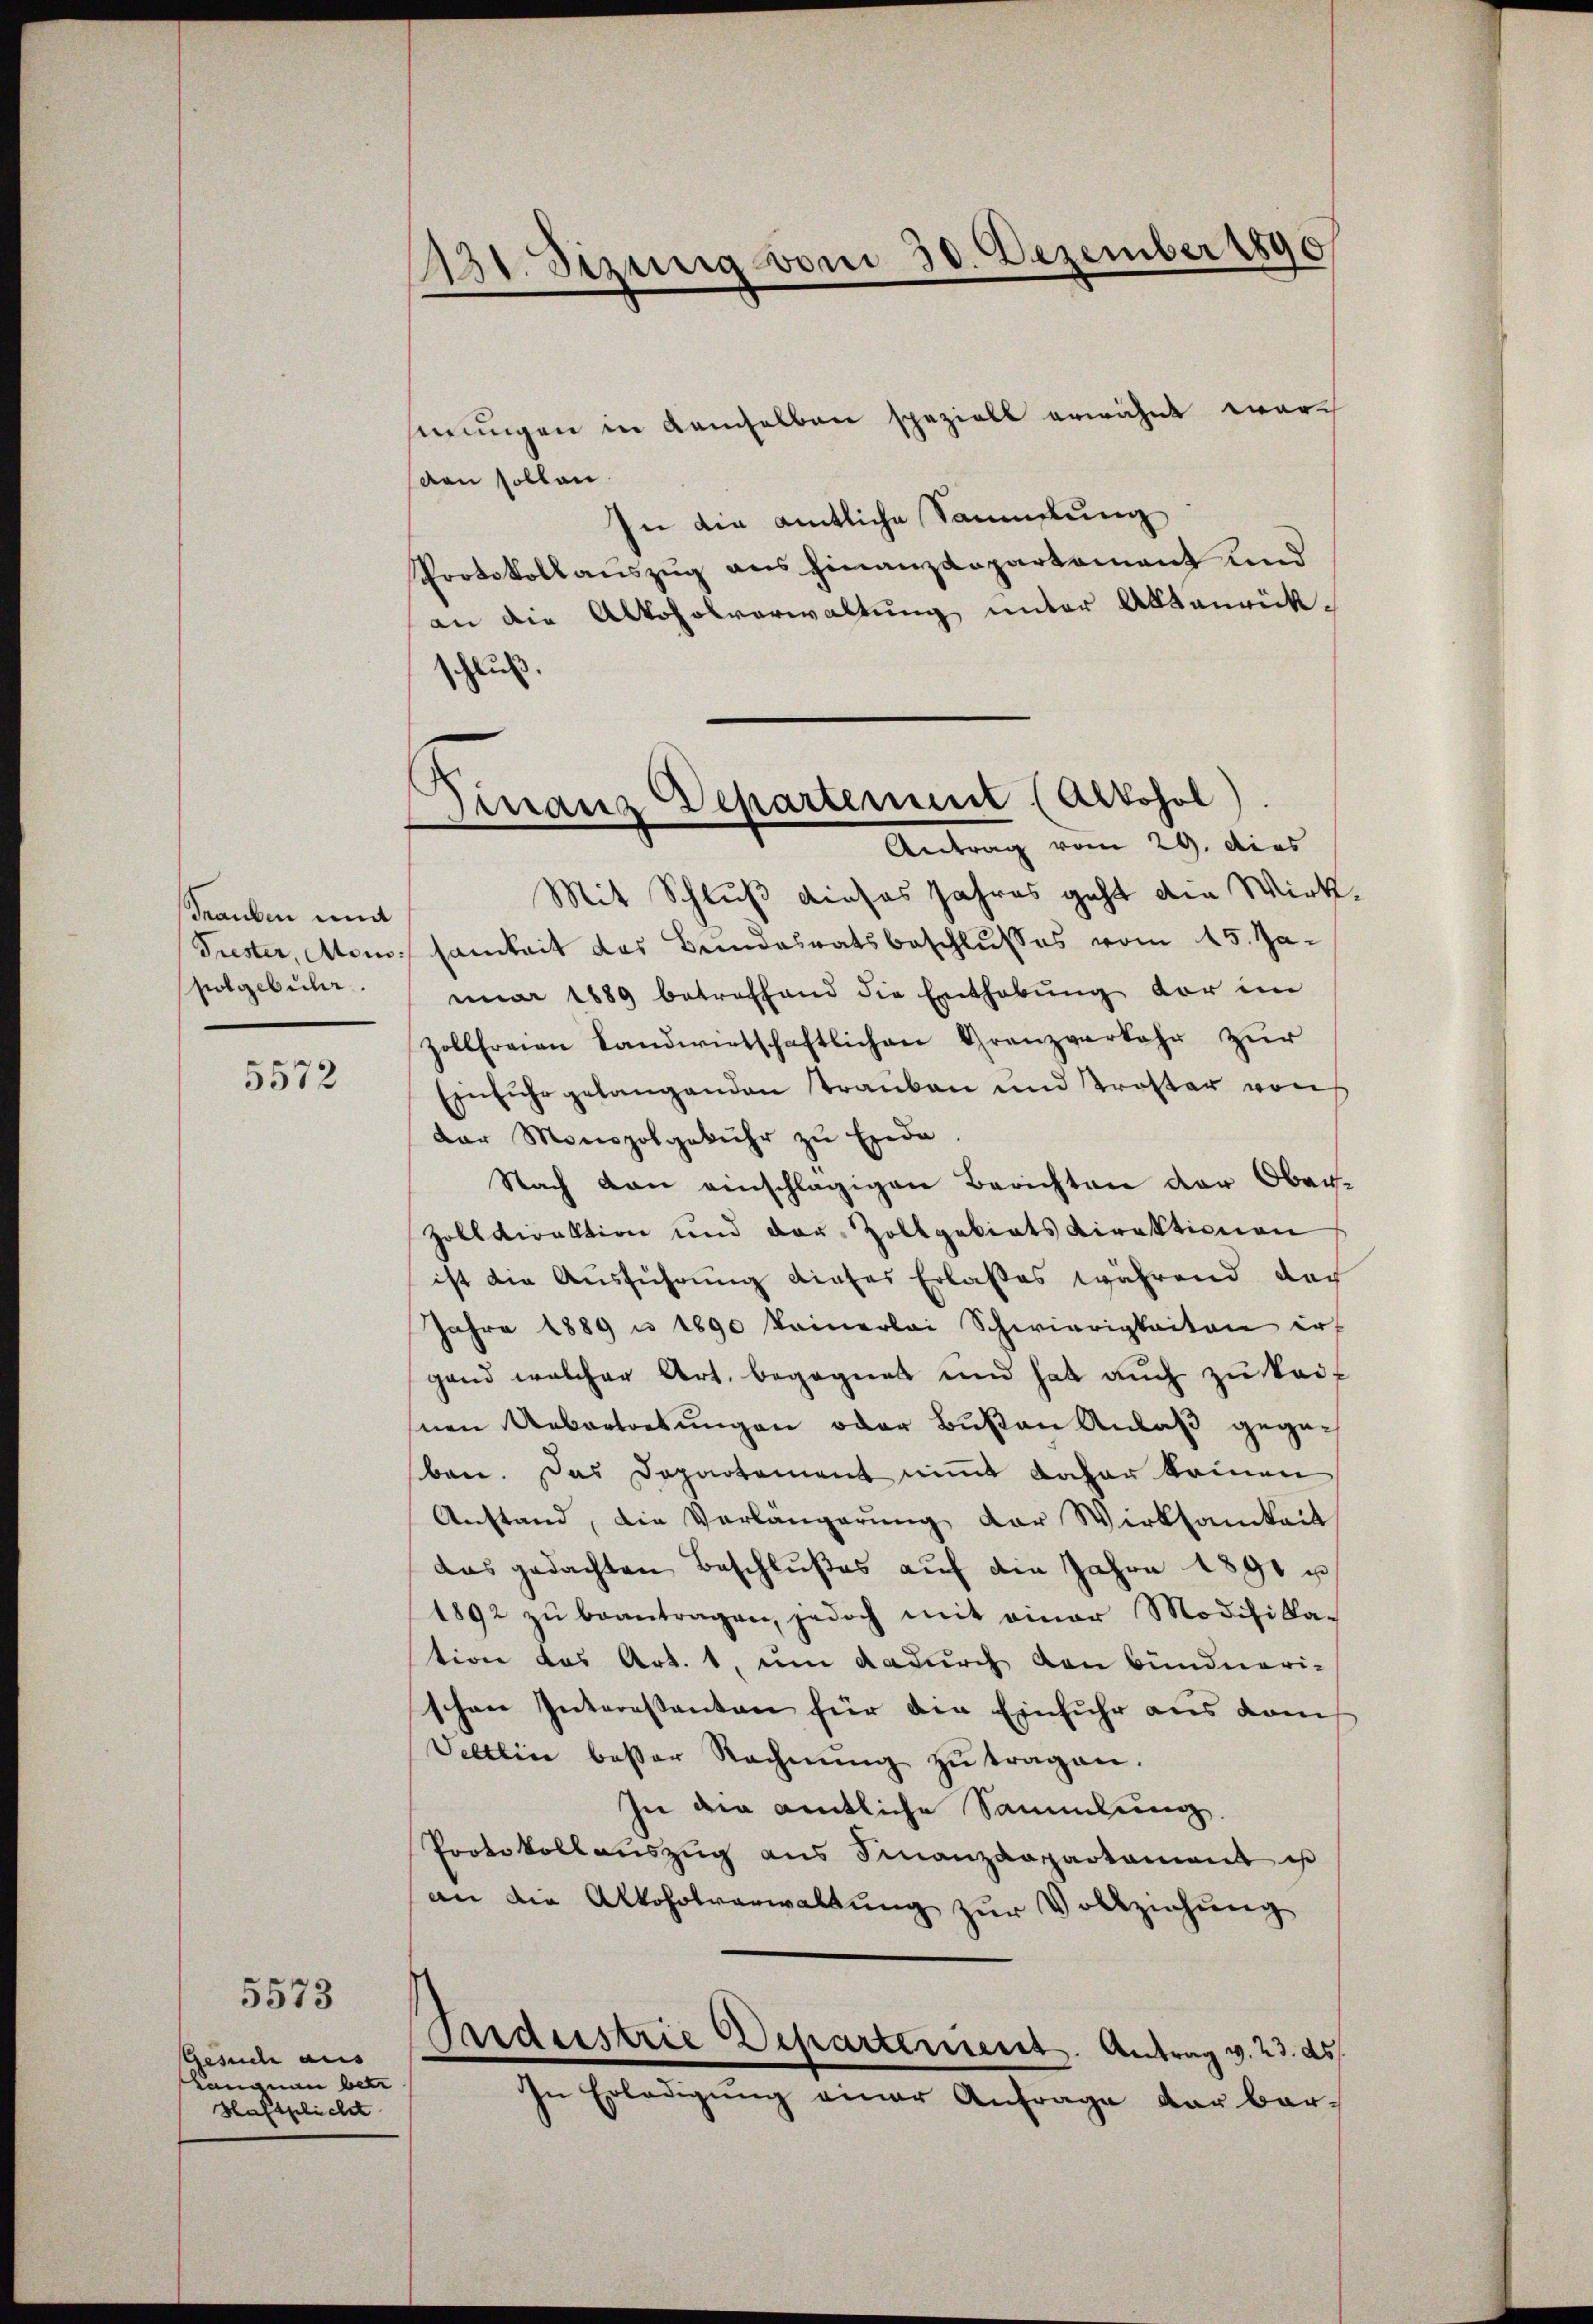
Trauben und
polgebühr.

5572

Gesuch aus
Langnau betr
Haftplicht

5573

231. Sizung vom 30. Dezember 1890

Finanz Departement (Alkohol).
Antrag vom 29. dies

serungen in demselben spezielt erwähnt war
den sollen.
In die amtliche Sammlung
Protokollauszug aus Finanzdepartement und
an die Alkoholverwaltung unter Aktenrückschluß.
Mit Schluß dieses Jahres geht die Wirk
Trester, Moisamkeit des Bundesratsbeschlusses vom 15. Januar 1889 betreffend die Enthebŭng der im
Zollfreien Landwirtschaftlichen Granzverkehr zŭr
Einfuhrgelangenden Trauben und Troster von
dar Monopolgebühr zu Exeda
Nach von einschlägigen Berichten der Ober-
Zolldirektion und der Zollgebiets Direktionen
ist die Ausführung dieser Erlaßes während doch
Jahre 1889 u 1890 keinerlei Schwierigkeiten ir
gand welcher Art. begegnet und hat auch zu keisnen Uebertretungen oder Bußen Anlaß gegeben. Das Departement nimmt daher kommen
Anstand, die Verlängerung der Wirksamkeit
das gedachten Beschlußes auf die Jahre 1891 u
1892 zŭ beantragen, jedoch mit einer Modifika-
tion des Art. 1, um dadurch von Bündneri-
schen Interessanten für die Einfuhr aus dem
Veltlin besser Rechnŭng zŭ tragen.
In die amtliche Sammlung.
Protokollauszug aus Finanzdepartament ist
an die Alkoholverwaltung zur Vollziehung
Pardeestrie Departement. Antrag v. 23. ds.
In Erledigŭng einer Anfrage der bar¬